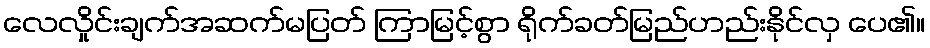
လေလှိုင်းချက်အဆက်မပြတ် ကြာမြင့်စွာ ရိုက်ခတ်မြည်ဟည်းနိုင်လှ ပေ၏။